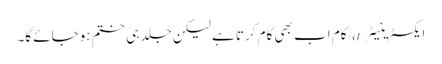
ایکسٹرینیٹر @ کام اب بھی کام کرتا ہے لیکن جلد ہی ختم ہوجائے گا۔